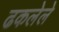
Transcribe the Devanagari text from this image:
ढकलेले